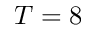
T = 8